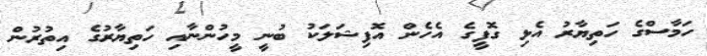
ހަމާސްގެ ހަތިޔާރު އެޅި ގޮފީގެ އެހެން އޮފިޝަލަކު ބުނީ މީހުންނާއި ހަތިޔާރުގެ އިތުރުން